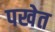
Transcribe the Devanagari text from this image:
पखेत